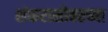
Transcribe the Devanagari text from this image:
शंकरासोबतच्या